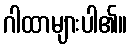
ဂါထာများပါ၏။